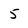
Character: 5